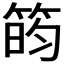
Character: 𬕐